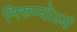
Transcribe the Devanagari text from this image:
निरुप्योऽयं